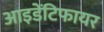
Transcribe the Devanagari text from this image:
आइडेंटिफायर